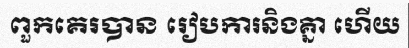
ពួកគេរបាន រៀបការនិងគ្នា ហើយ